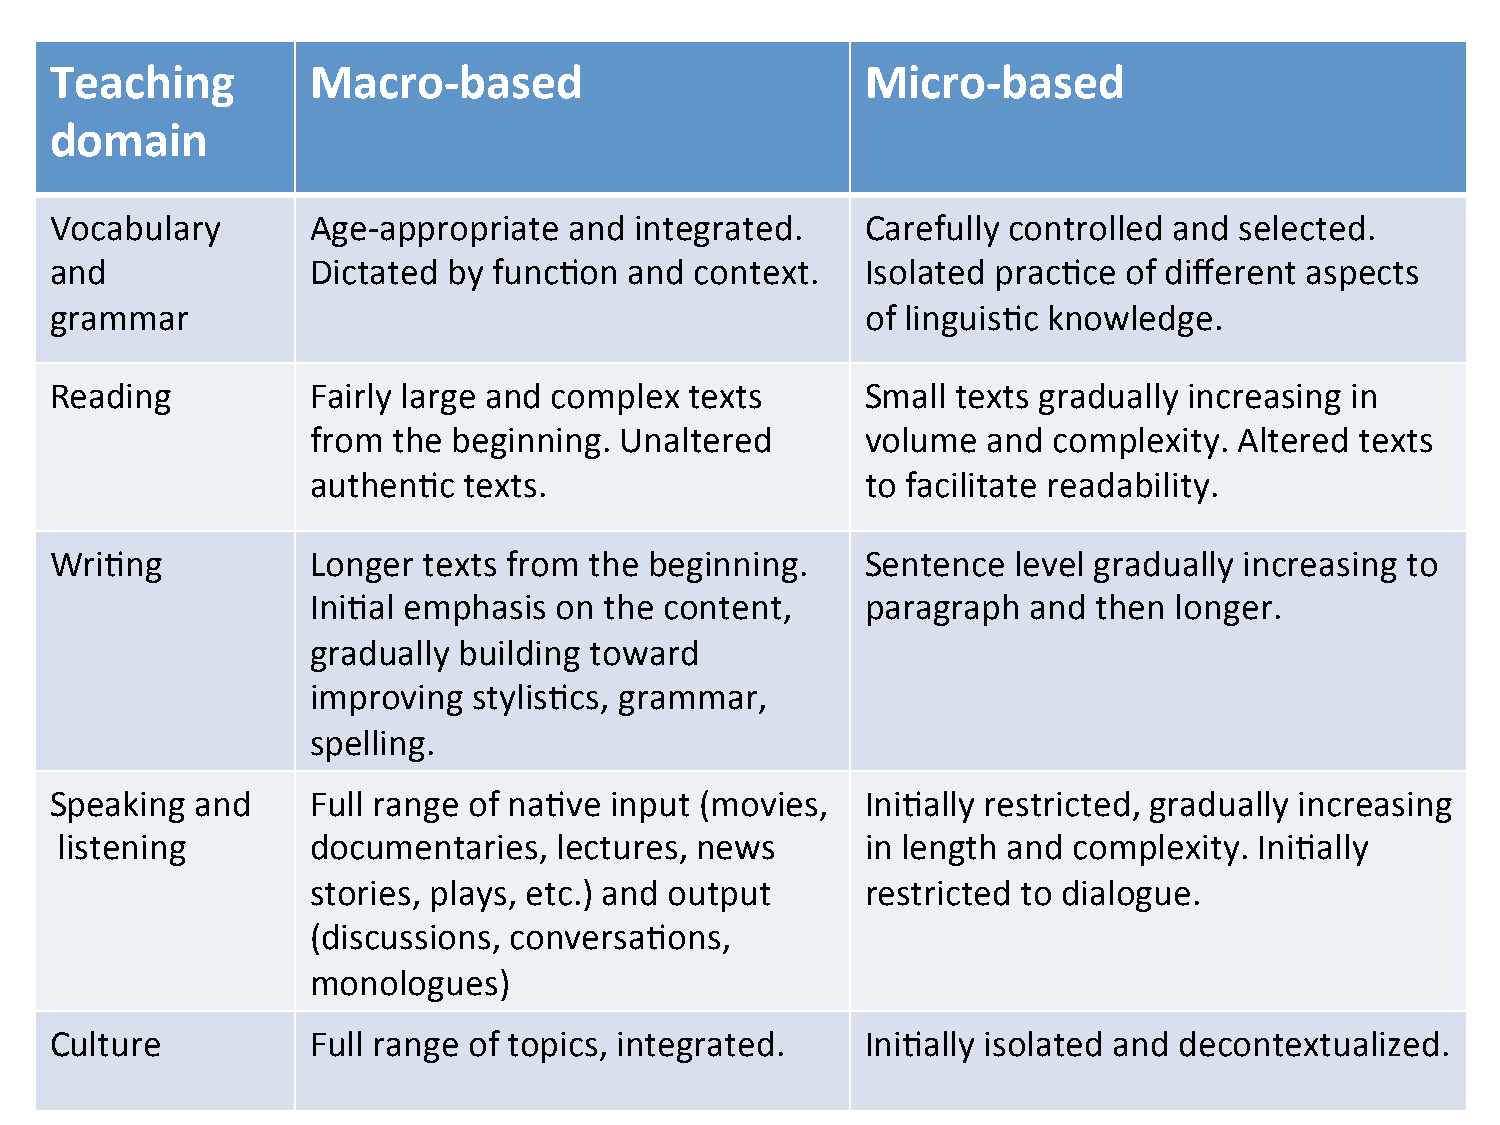
Teaching          Macro-­‐based                       Micro-­‐based
 domain
 Vocabulary        Age-­‐appropriate and integrated.   Carefully controlled and selected.
 and               Dictated by func=on  and context.   Isolated prac=ce  of different aspects
 grammar                                               of linguis=c knowledge.
 Reading           Fairly large and complex texts      Small texts gradually increasing in
 from the beginning. Unaltered       volume  and  complexity. Altered texts
 authen=c  texts.                    to facilitate readability.
 Wri=ng            Longer texts from the beginning.    Sentence  level gradually increasing to
 Ini=al emphasis on the content,     paragraph  and  then longer.
 gradually building toward
 improving stylis=cs, grammar,
 spelling.
 Speaking  and     Full range of na=ve input (movies,  Ini=ally restricted, gradually increasing
 listening        documentaries,  lectures, news      in length and complexity. Ini=ally
 stories, plays, etc.) and output    restricted to dialogue.
 (discussions, conversa=ons,
 monologues)
 Culture           Full range of topics, integrated.   Ini=ally isolated and decontextualized.